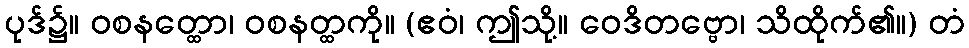
ပုဒ်၌။ ဝစနတ္ထော၊ ဝစနတ္ထကို။ (ဧဝံ၊ ဤသို့။ ဝေဒိတဗ္ဗော၊ သိထိုက်၏။) တံ